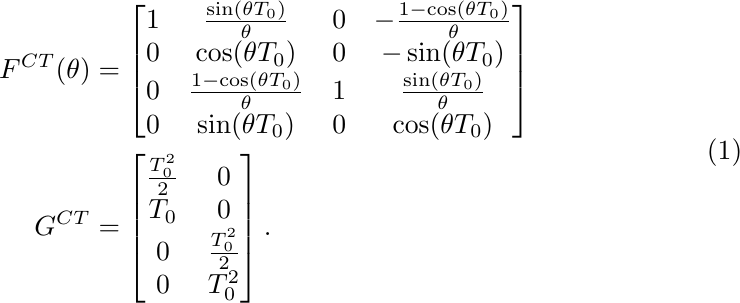
\begin{align}
    \begin{split}
        F^{CT}(\theta) &= \begin{bmatrix}
                         1  &  \frac{\sin(\theta T_{0})}{\theta} & 0 & -\frac{1 - \cos(\theta T_{0})}{\theta} \\
                         0  &  \cos(\theta T_{0})  &  0  & -\sin(\theta T_{0})  \\
                         0  & \frac{1-\cos(\theta T_{0})}{\theta}  & 1  &  \frac{\sin(\theta T_{0})}{\theta}  \\
                         0  & \sin(\theta T_{0})  &  0  &  \cos(\theta T_{0}) \\
                         \end{bmatrix}  \\
        G^{CT} &= \begin{bmatrix}
                 \frac{T_{0}^{2}}{2}  & 0 \\
                 T_{0}  & 0 \\
                 0  &  \frac{T_{0}^{2}}{2} \\
                 0  &  T_{0}^{2} \\
                 \end{bmatrix}.
    \end{split}
\end{align}